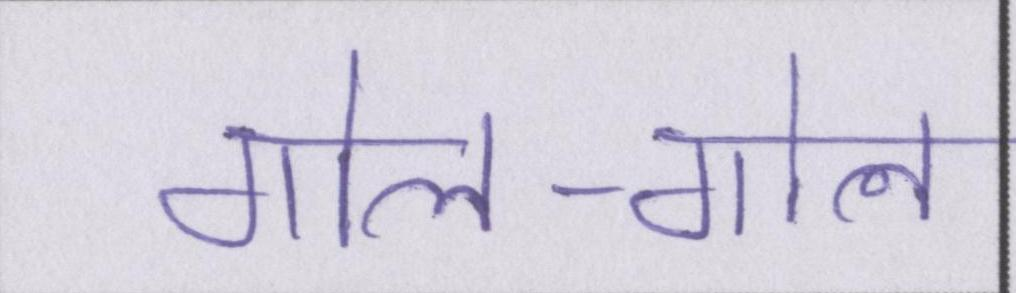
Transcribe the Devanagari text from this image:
गोल-गोल